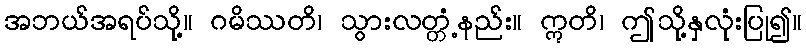
အဘယ်အရပ်သို့။ ဂမိဿတိ၊ သွားလတ္တံ့နည်း။ ဣတိ၊ ဤသို့နှလုံးပြု၍။